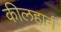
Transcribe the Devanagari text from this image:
कीलहार्न